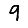
Digit: 9